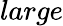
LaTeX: large